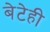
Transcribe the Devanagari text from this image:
बेटेही